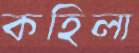
কহিলা